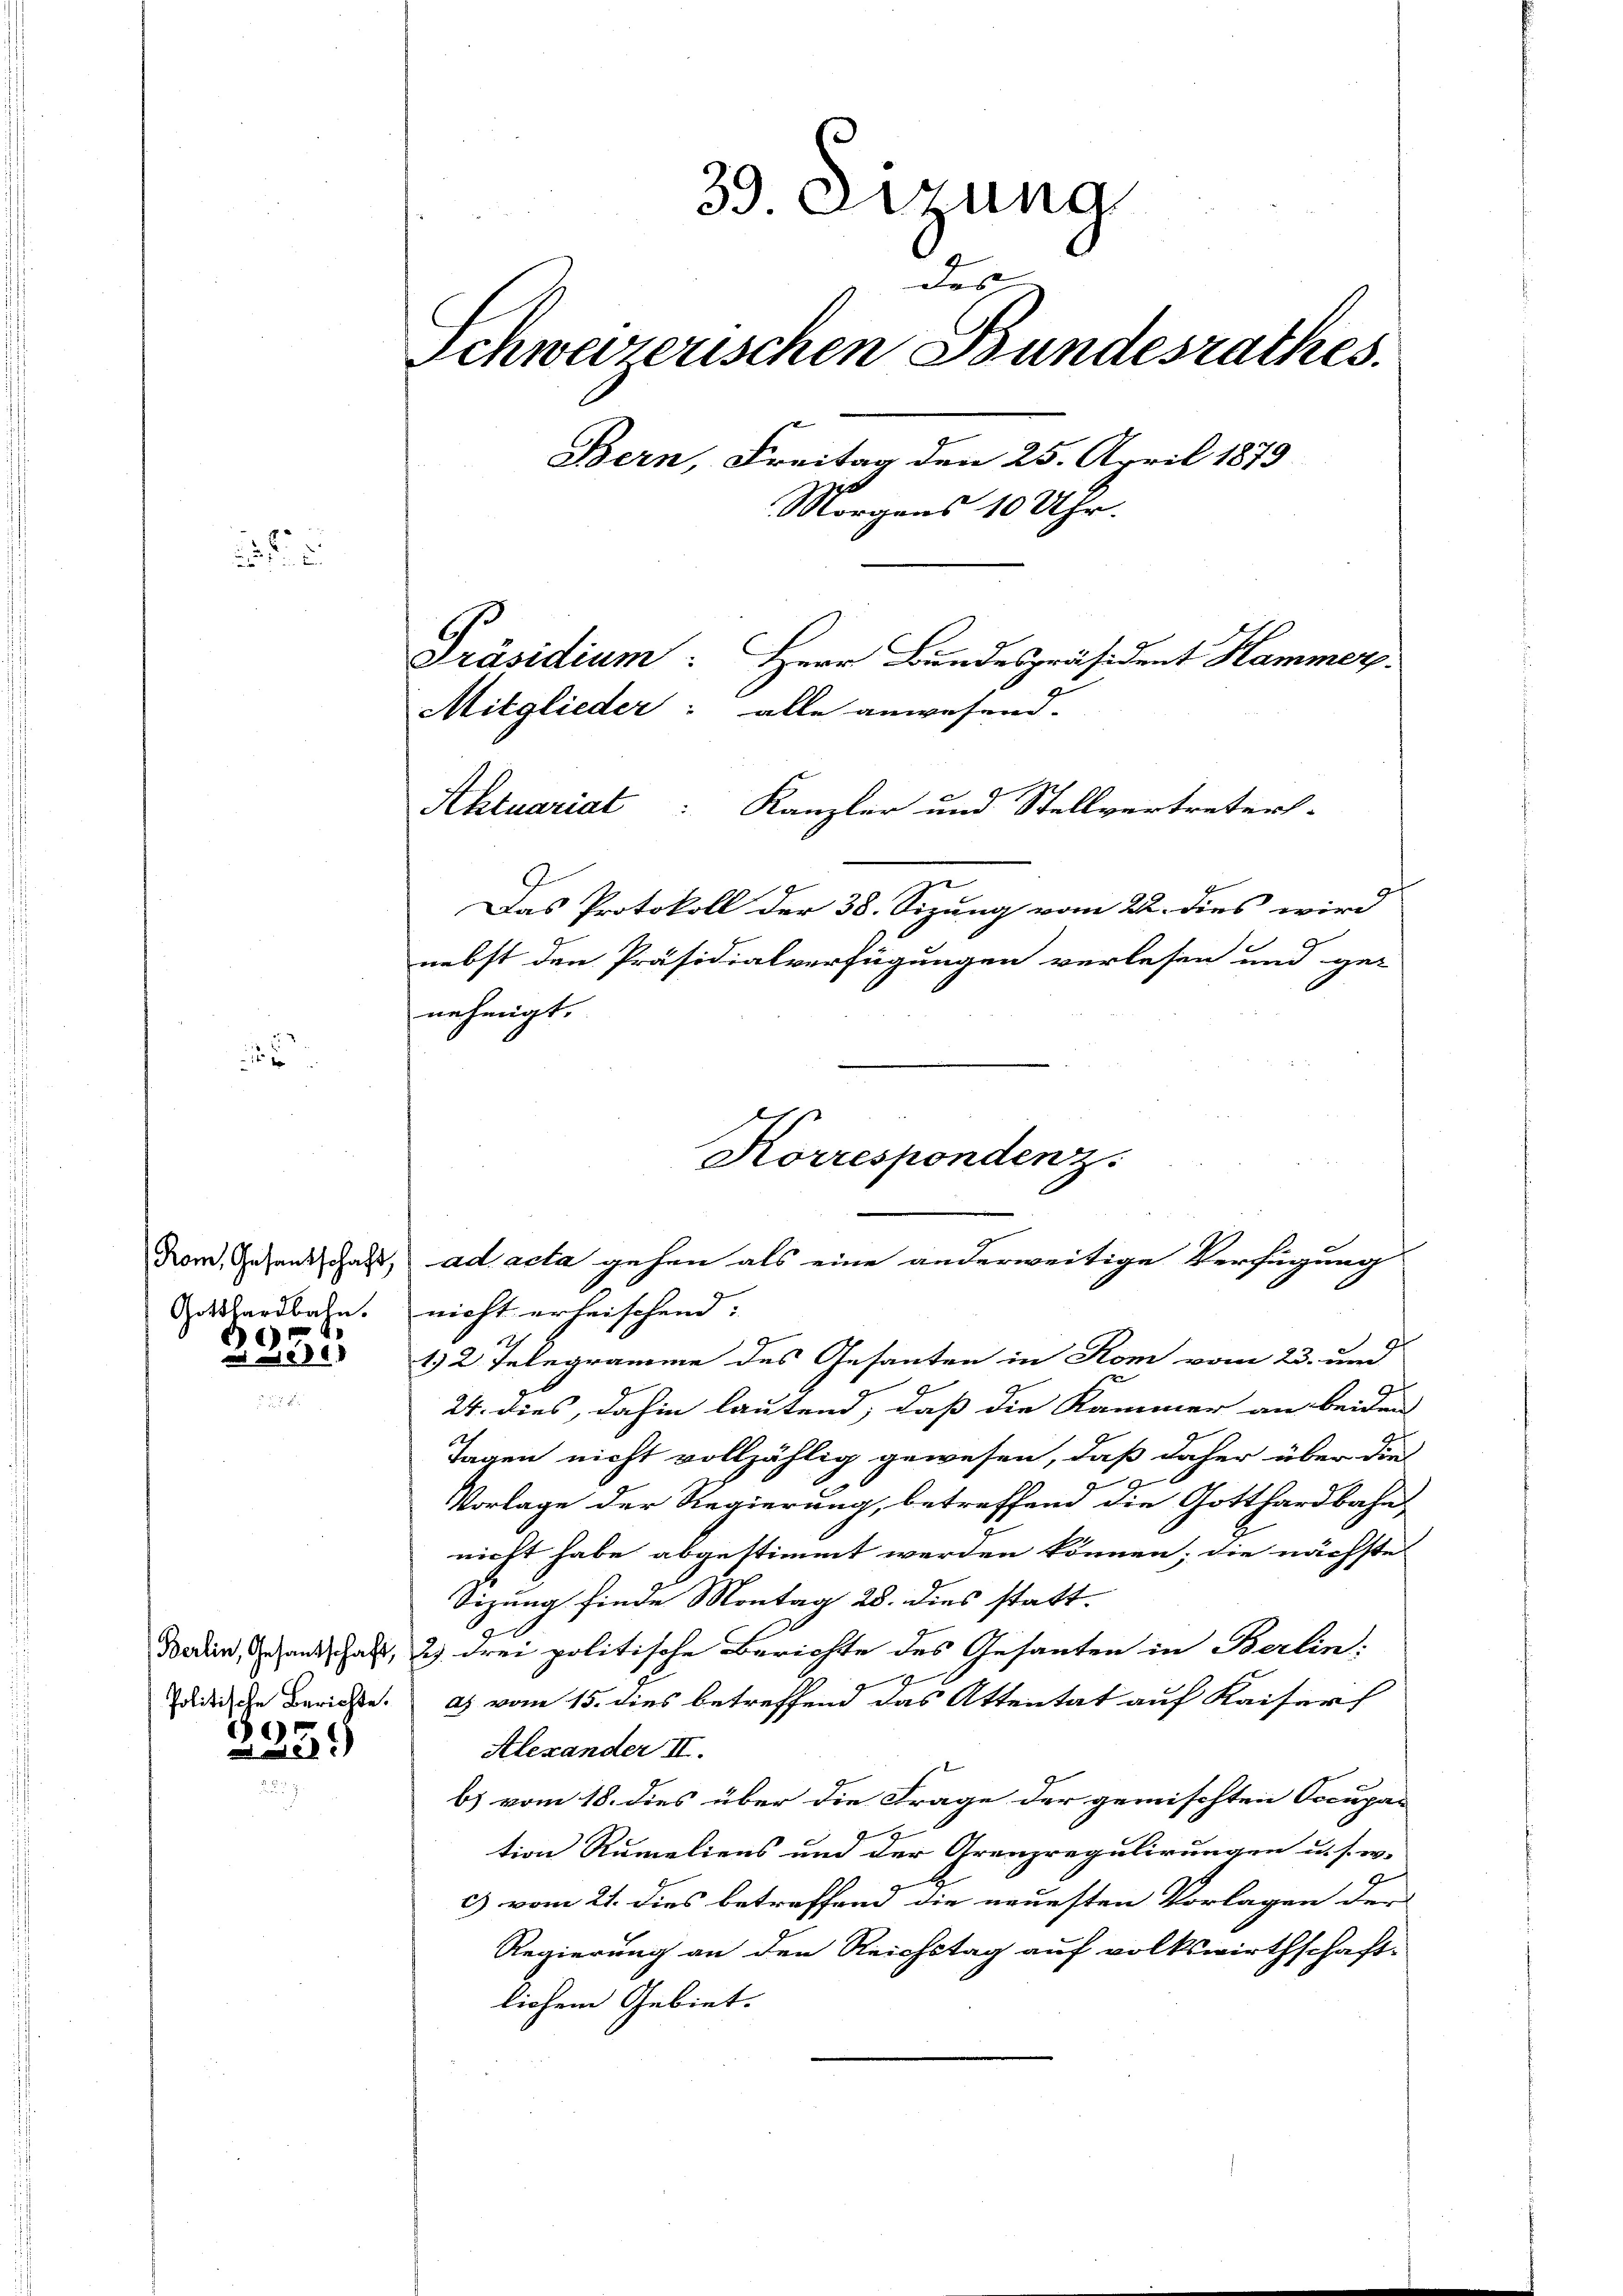
u
2

Gotthardbahn.
i
)
 681

607

Diel

39. Juna
das
Schweizerischen Bundesrathes.
Bern, Freitag den 25. April 1879
Morgens 10 Uhr.
Präsidium: Herr Bundespräsident Hammer
Mitglieder: alle anwesend.

Aktuariat
Das Protokoll der 38. Sizung vom 22. dies wird
nebst den Präsidialverfügungen verlesen und ge-
nehmigt.
Korrespondenz.

Kanzler und Stellvertreters-

Rom, Gesandschaft, ad acta gehen als eine anderweitige Verfügung

nicht erheischend. |
7
1. 2. Telegramme des Gesanten in Rom vom 23. und
24. dies, dahin lautend, daß die Kammer an beiden
Tagen nicht vollzählig gewesen, daß daher über die
4
Vorlage der Regierung, betreffend die Gotthardbahn
nicht habe abgestimmt werden können; die nächste
Sizung finde Montag 28. dies statt.
Bodien, Gesandtschaft, 2) drei politische Berichte des Gesanten in Berlin:
didische Berichte. a) vom 15. dies betreffend das Attentat auf Kaiserf
Alexander II.
bs vom 18. dies über die Frage der gemischten Occupation Rumeliens und der Grenzregulirungen u. s. w.
c) vom 21. dies betreffend die neuesten Vorlagen der
Regierung an den Reichstag auf volkswirthschaft-
lichem Gebiet.